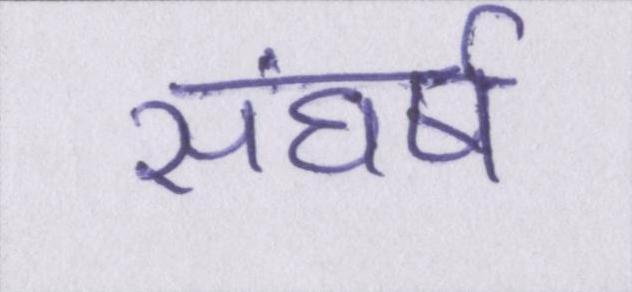
संघर्ष